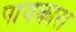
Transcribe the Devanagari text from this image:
पायकारा